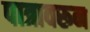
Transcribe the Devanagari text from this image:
पात्रावरून